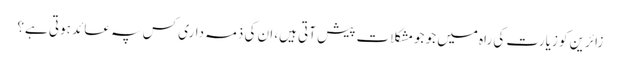
زائرین کو زیارت کی راہ میں جو جومشکلات پیش آتی ہیں، ان کی ذمہ داری کس پہ عائد ہوتی ہے؟